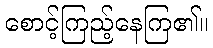
စောင့်ကြည့်နေကြ၏။